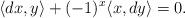
LaTeX: \begin{align*} \langle dx,y \rangle + (-1)^x \langle x,dy \rangle = 0.\end{align*}